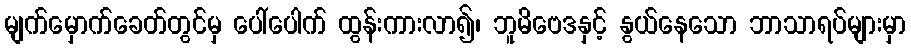
မျက်မှောက်ခေတ်တွင်မှ ပေါ်ပေါက် ထွန်းကားလာ၍၊ ဘူမိဗေဒနှင့် နွယ်နေသော ဘာသာရပ်များမှာ